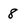
Character: 8